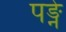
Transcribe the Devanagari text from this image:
पङ्ने